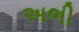
અભી